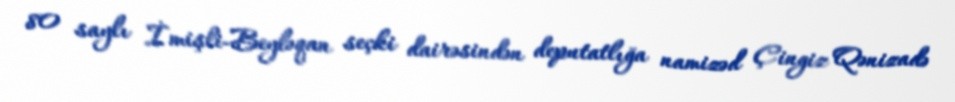
80 saylı İmişli-Beyləqan seçki dairəsindən deputatlığa namizəd Çingiz Qənizadə